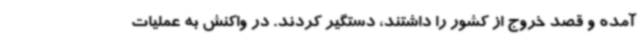
آمده و قصد خروج از کشور را داشتند، دستگیر کردند. در واکنش به عملیات